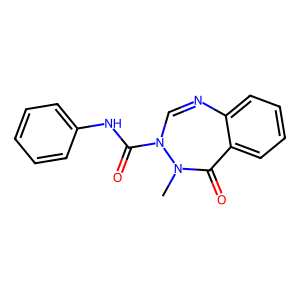
SMILES: CN1C(=O)c2ccccc2N=CN1C(=O)Nc1ccccc1
Inhibits HIV replication: No